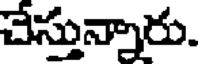
చేస్తున్నారు.